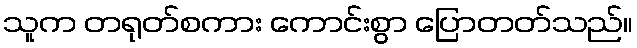
သူက တရုတ်စကား ကောင်းစွာ ပြောတတ်သည်။